Bréfritari: Sigríður Guðmundsdóttir
Viðtakandi: Jón Borgfirðings Jónsson
Dagsetning: A-1859-08-18
Skrifað á: Reykjavík  Gull.

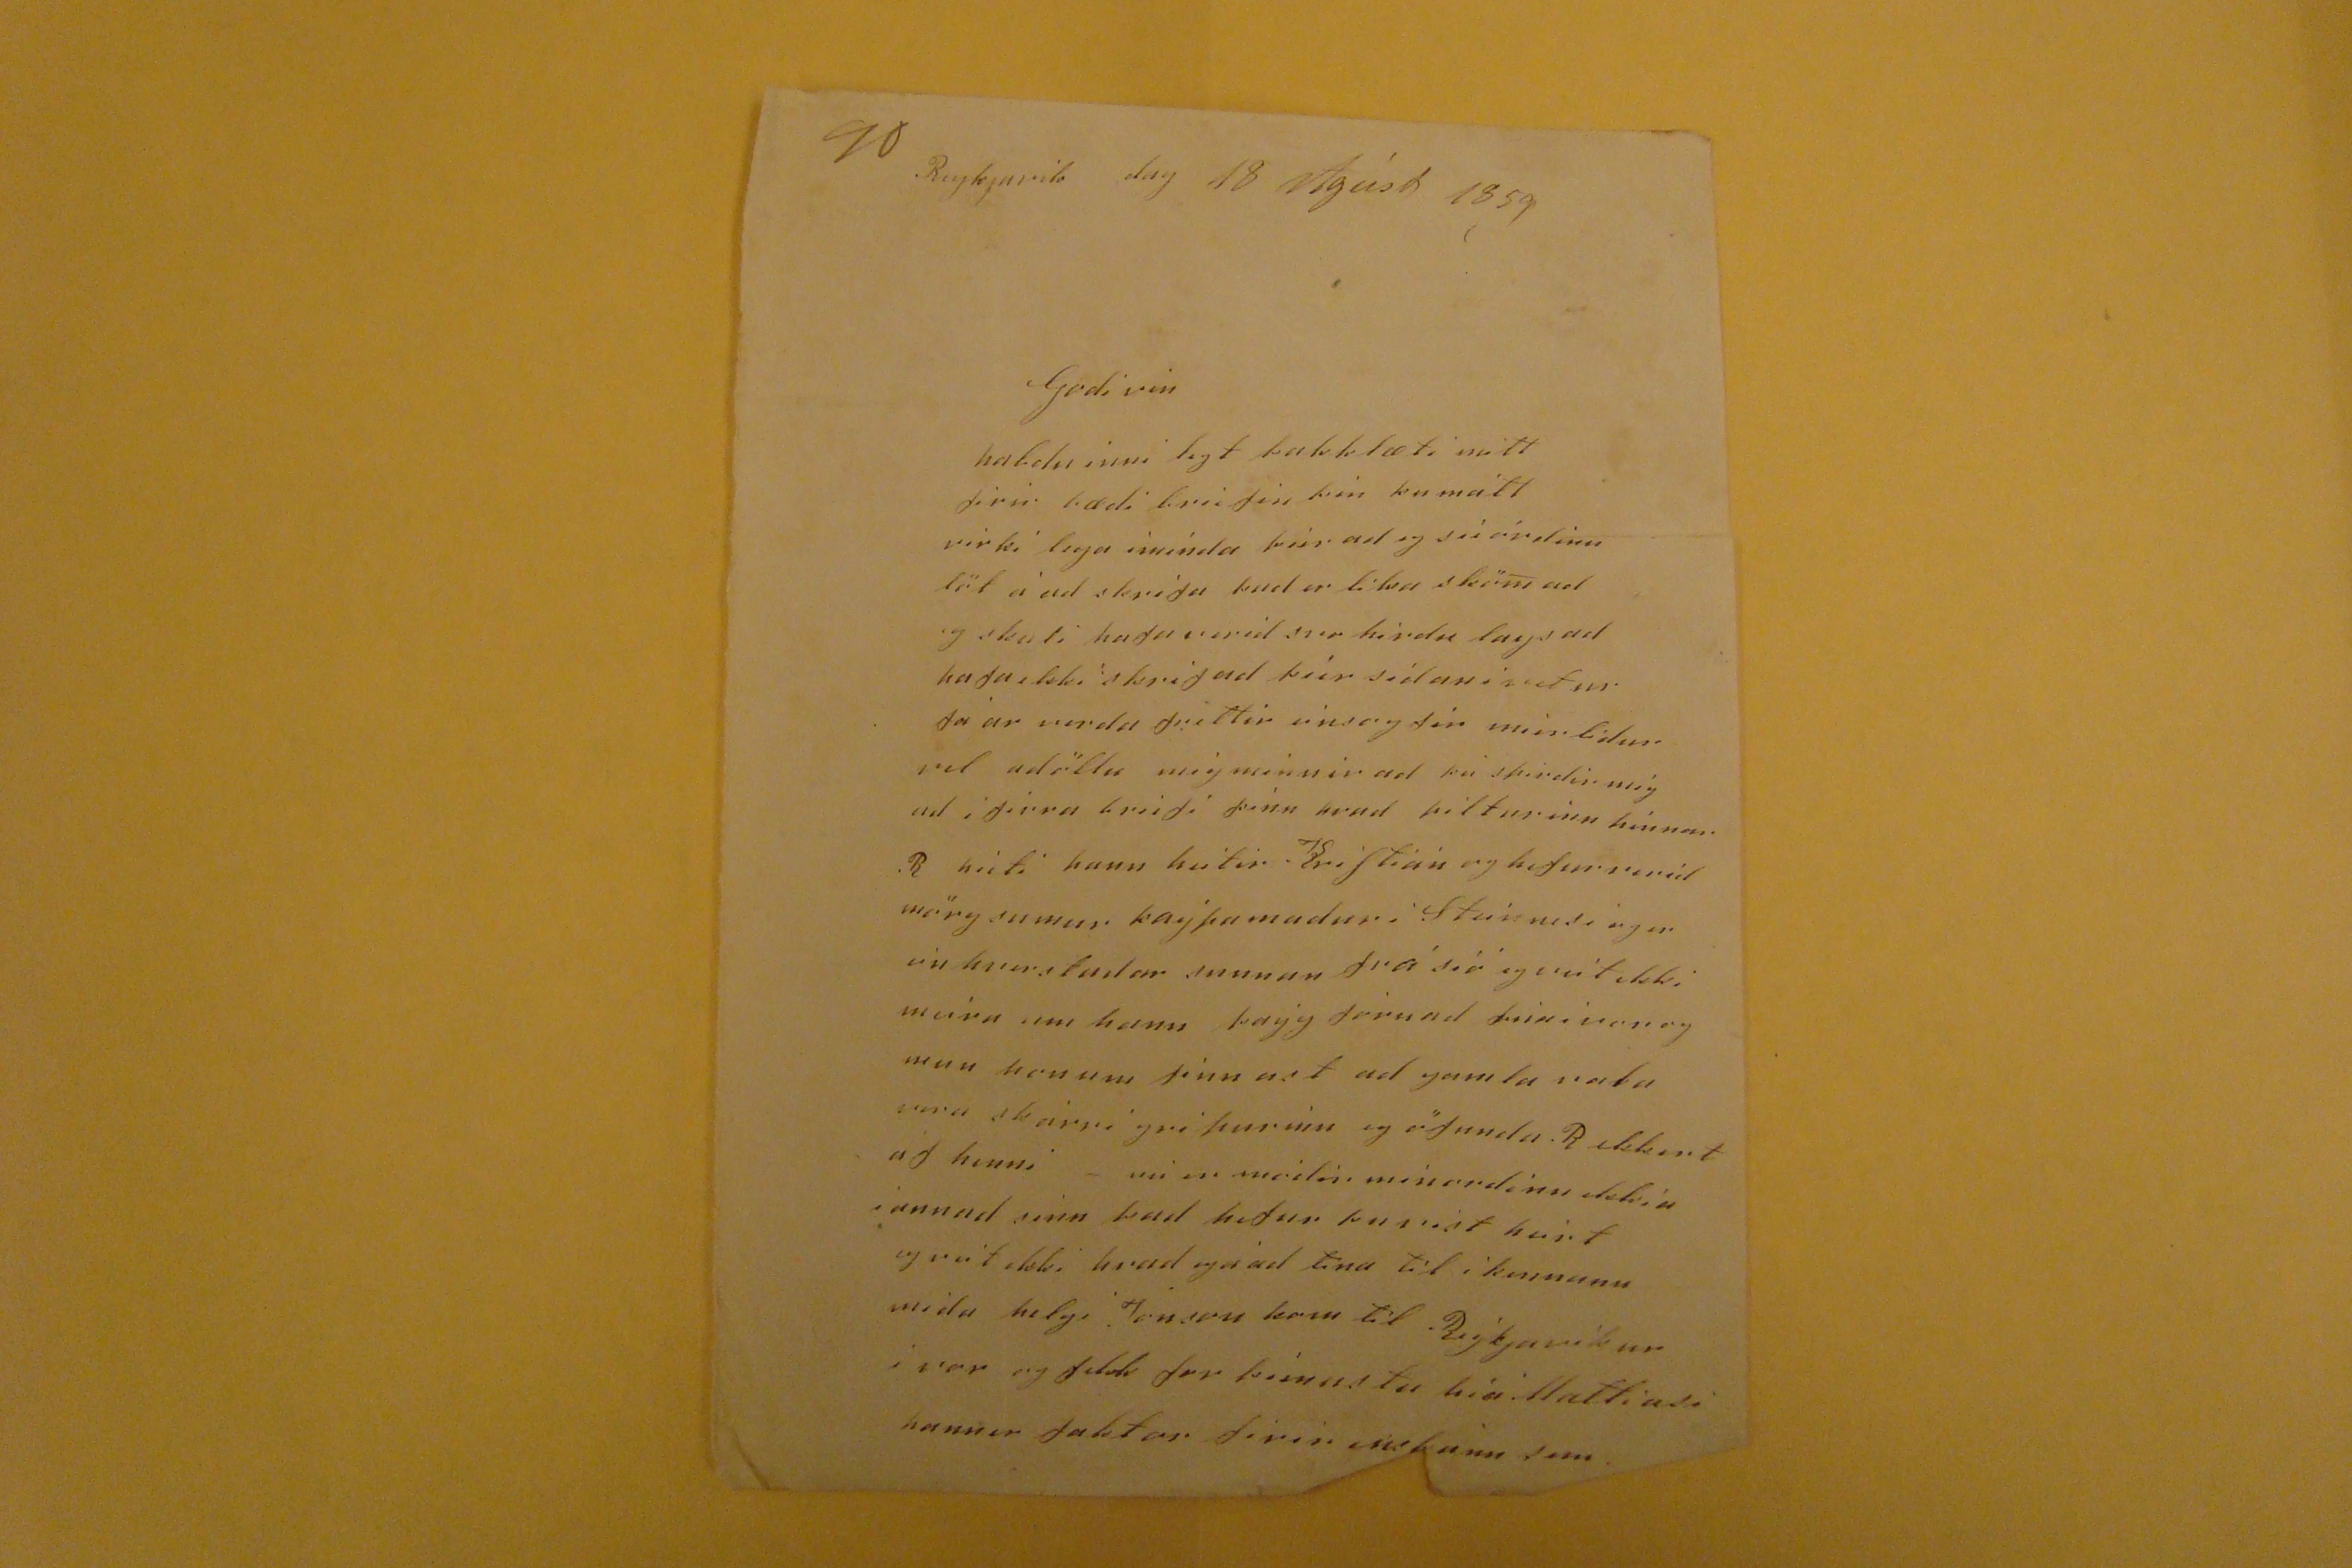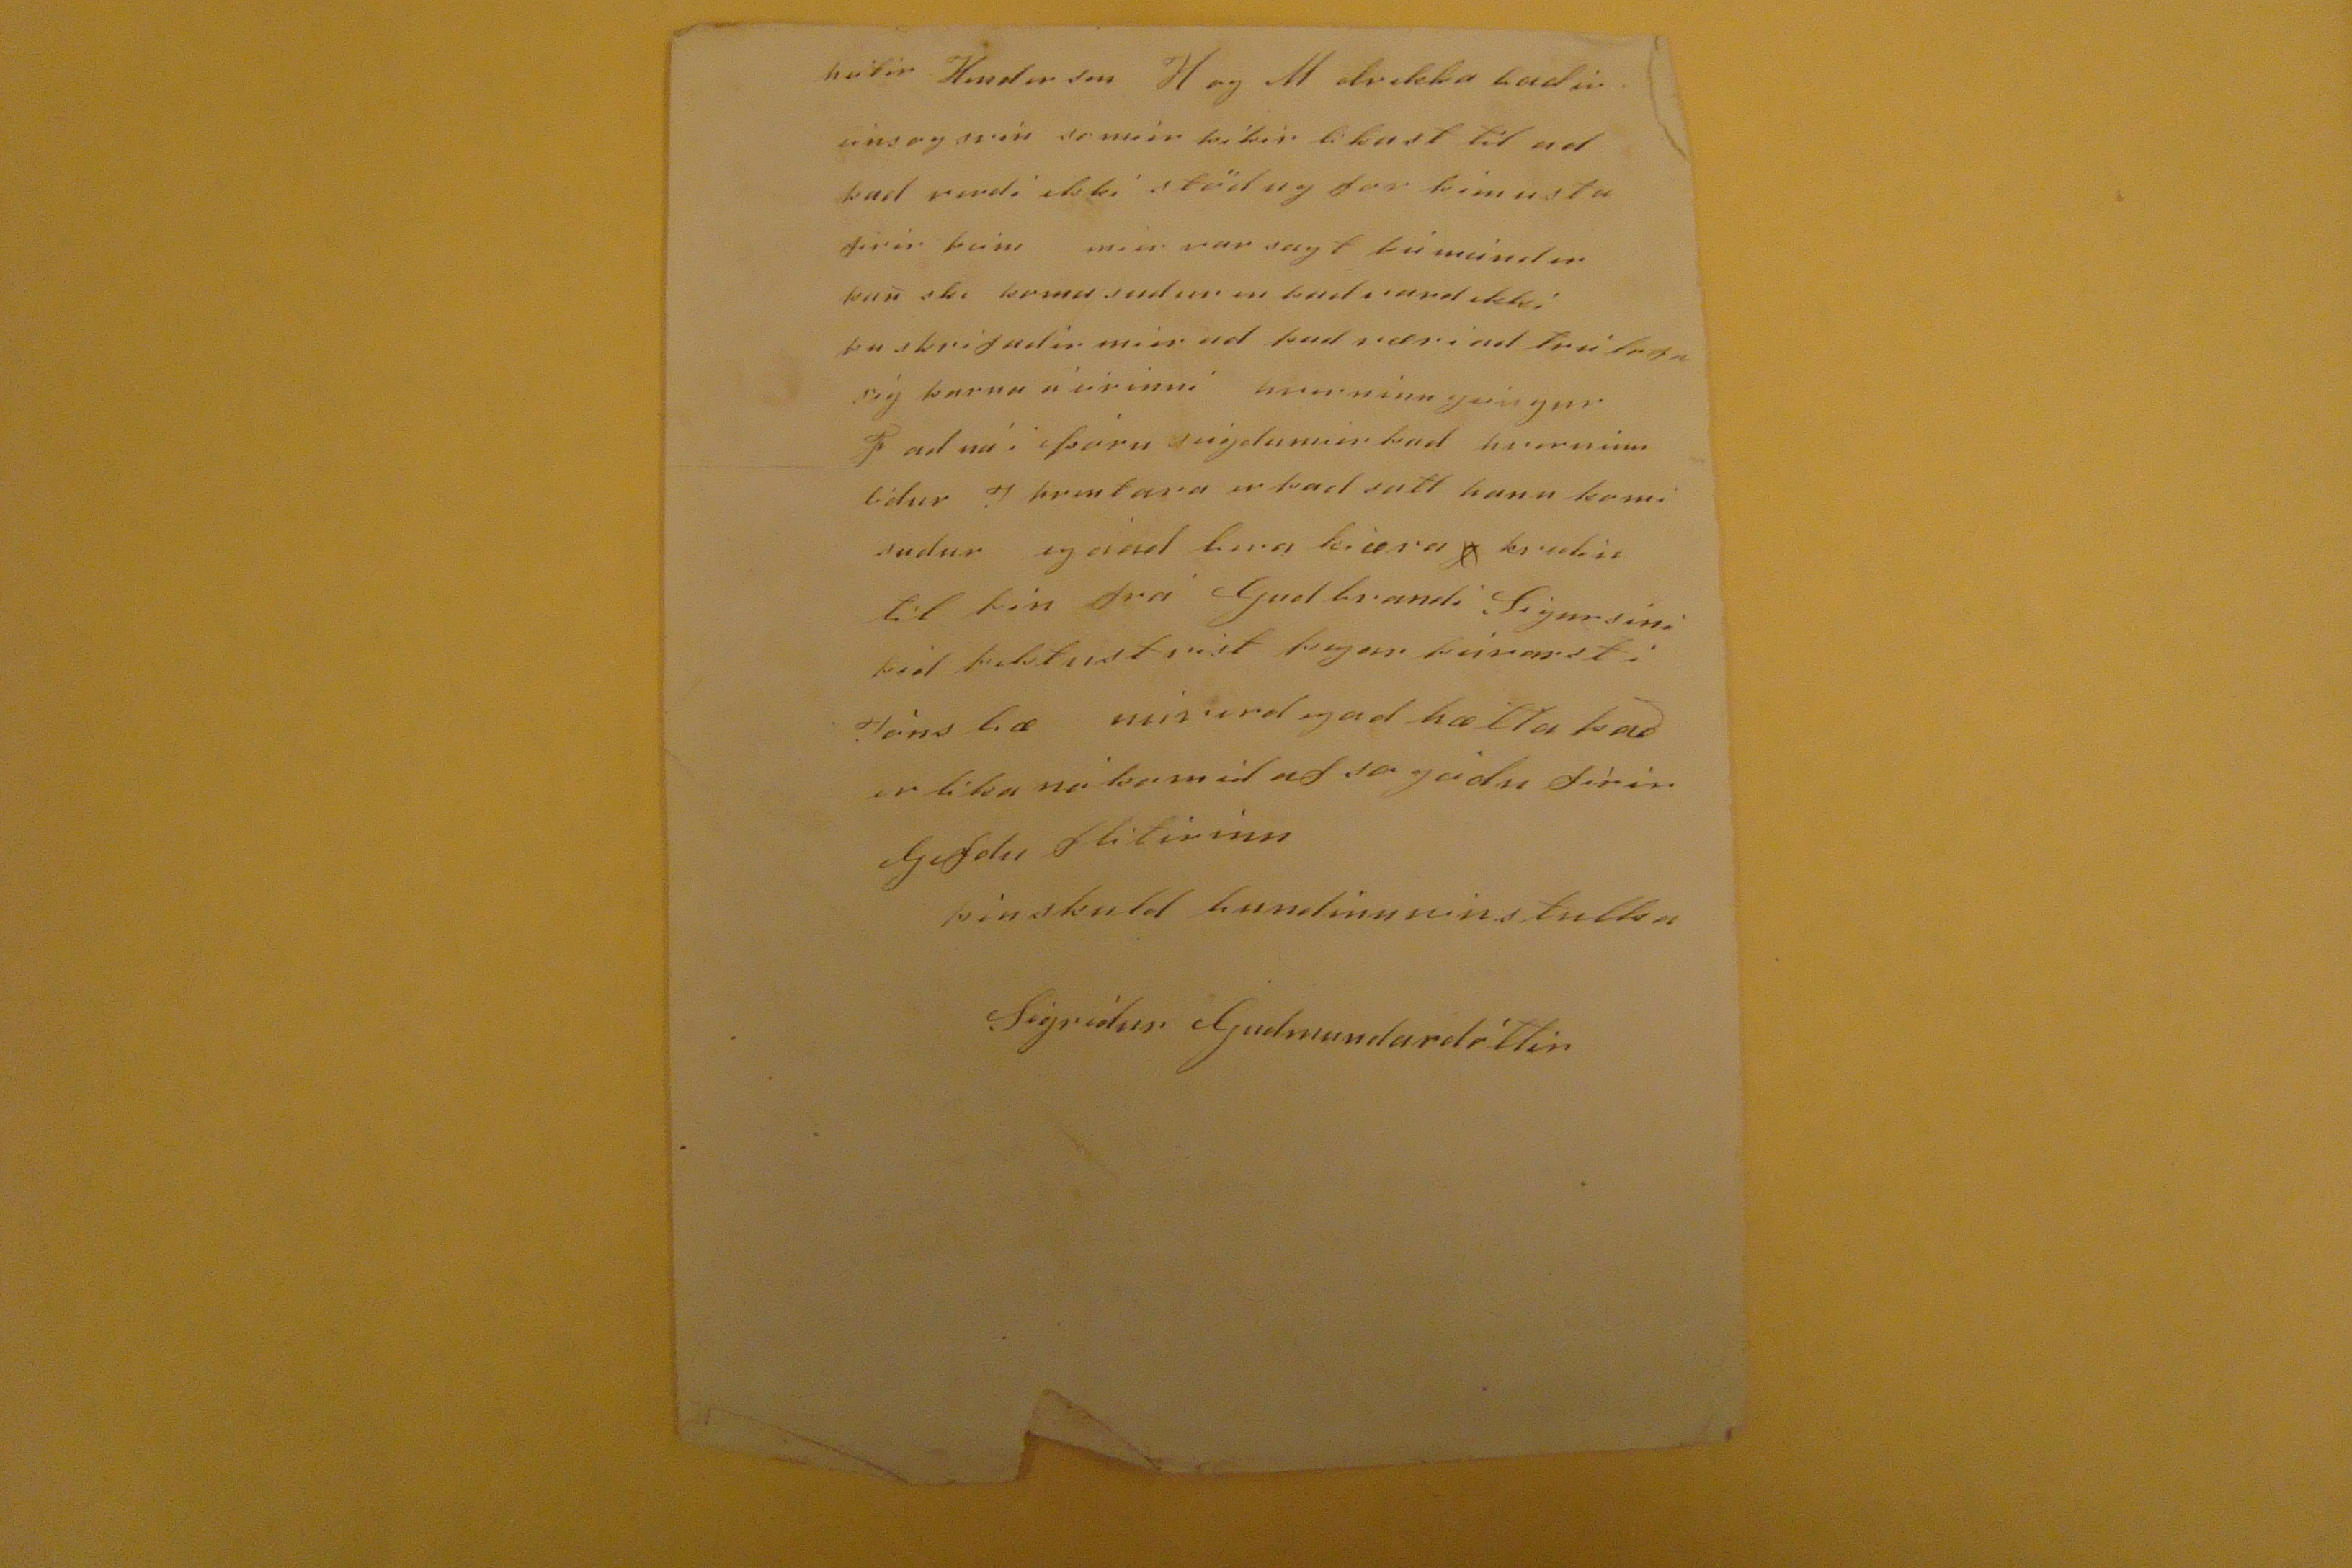

Reykjavik dag 18 Agúst 1859
Godi vin
hafdu inni legt þakklæti mitt firir bædi briefin þin þu mátt virki lega iminda þier ad eg sie órdinn löt á ad skrifa þad er likasköm ad eg skuli hafa verid svo hirdu lays ad hafa ekki skrifad þier sidan i
vetur
fá ar verda frettir einsog fir mier lidur vel adöllu mig minnir ad þú spirdir mig ad i firra briefi þinu hvad pilturinnhinnar R heiti hann heitir
Kristinn
og hefur verid mörg sumur kaýpamadur i Steinnesi eger ein hvurstadar sunnan frá siá eg veit ekki meira um hann þayg fóru ad
þier i vor
og mun honum finnast ad gamla rata vera skárri gripurinn eg öfunda R ekkert af henni - nú er modir min ordinn ekkia i annad sinn þad hefur þu vist heirt eg veit ekki hvad eger ad tina til i kennann mida helgi Jónson kom til Reykjavikur i vor og feldi for
þienustu hia Mattiasi
hann er faktor firir
??ann sem
heitir
Hender son
H og M drekka badir eins og svín so mier þikir likast til ad þad verdi ekki stödug for kimustu firir þeim mier var sagt þú mundir kanske koma sudur en þad vard ekki þu skrifadir mier ad þad væri ad trúlega sig þarna á eirinni hvurninn geingur
J
ad nú i þóru seigdumier þad hvurninn lidur J prentara er þad satt hann komi sudur eg
eiadbara
kjæra
j
kredin til þin frá Gudbrandi Sigursini þid þektust vist þegar
þeirasti
Jóns bæ
núverdegad
hætta það er lika nó komid af sogodu firir Gefdu flitirinn
þin skuldbundinn vinstulka
Sigridur Gudmundardóttir